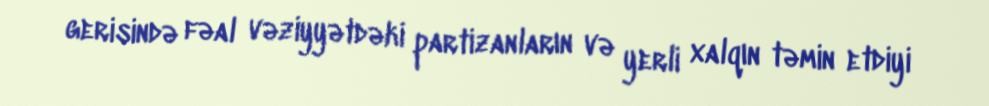
gerisində fəal vəziyyətdəki partizanların və yerli xalqın təmin etdiyi